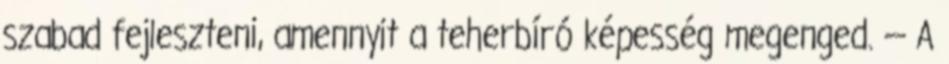
szabad fejleszteni, amennyit a teherbíró képesség megenged. — A